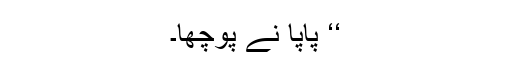
‘‘ پاپا نے پوچھا۔